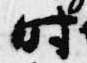
時